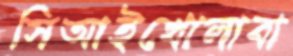
সিআইখোলাবা